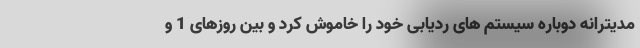
مدیترانه دوباره سیستم های ردیابی خود را خاموش کرد و بین روزهای 1 و